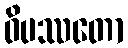
ဝိပဿတော